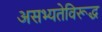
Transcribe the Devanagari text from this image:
असभ्यतेविरूद्ध